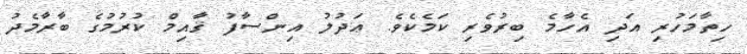
ހިތާމަހުރި އަދި އެހާމެ ބިރުވެރި ކަމެކެވެ. ޢަދުލު އިންސާފު ޤާއިމް ކުރުމުގެ ބާރާމެދު